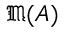
{ \mathfrak { M } } ( A )